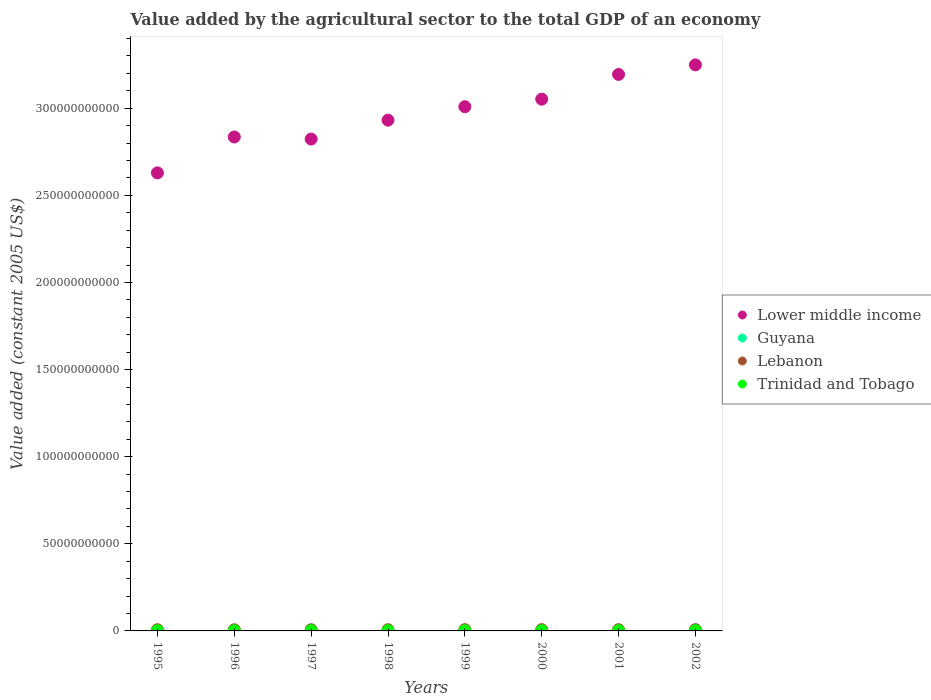
| Years | Lower middle income | Guyana | Lebanon | Trinidad and Tobago |
 | --- | --- | --- | --- | --- |
 | 1995 | 2.63e+11 | 2.3e+08 | 6.78e+08 | 1.08e+08 |
 | 1996 | 2.83e+11 | 2.47e+08 | 6.49e+08 | 1.17e+08 |
 | 1997 | 2.82e+11 | 2.57e+08 | 6.87e+08 | 1.2e+08 |
 | 1998 | 2.93e+11 | 2.4e+08 | 6.95e+08 | 1.09e+08 |
 | 1999 | 3.01e+11 | 2.73e+08 | 7.24e+08 | 1.27e+08 |
 | 2000 | 3.05e+11 | 2.48e+08 | 7.39e+08 | 1.24e+08 |
 | 2001 | 3.19e+11 | 2.56e+08 | 7.18e+08 | 1.35e+08 |
 | 2002 | 3.25e+11 | 2.65e+08 | 7.38e+08 | 1.47e+08 |